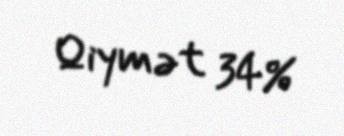
Qiymət 34%